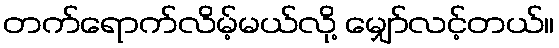
တက်ရောက်လိမ့်မယ်လို့ မျှော်လင့်တယ်။